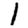
Digit: 1